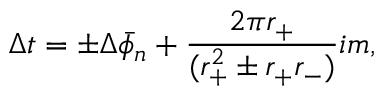
\Delta t = \pm \Delta \bar { \phi } _ { n } + { \frac { 2 \pi r _ { + } } { ( r _ { + } ^ { 2 } \pm r _ { + } r _ { - } ) } } i m ,